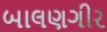
બાલણગીર